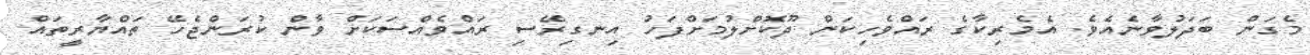
މެގަން ބަދަލުވާނެއެވެ. އެމެރިކާގެ ރައްވެހިކަން ދޫކޮށްލުމަށްފަހު އިނގިރޭސި ރައްވެއްސަކަށް ވާން ކުރަންޖެހޭ ތައްޔާރީތައް